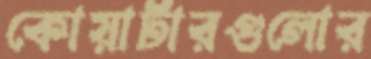
কোয়ার্টারগুলোর